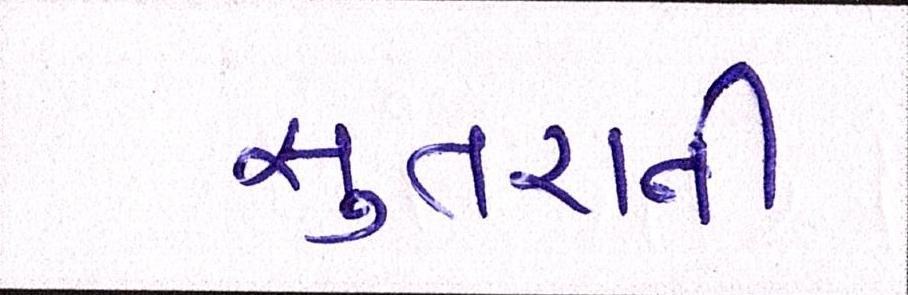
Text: સુતરાની